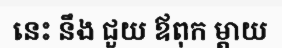
នេះ នឹង ជួយ ឪពុក ម្តាយ